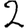
Digit: 2